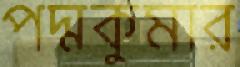
পদ্মকুমার